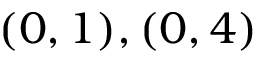
( 0 , 1 ) , ( 0 , 4 )